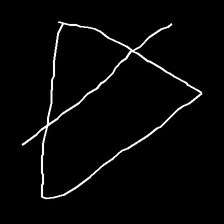
Glyph: empower